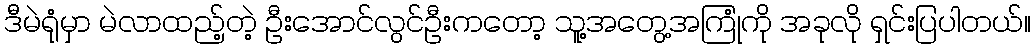
ဒီမဲရုံမှာ မဲလာထည့်တဲ့ ဦးအောင်လွင်ဦးကတော့ သူ့အတွေ့အကြုံကို အခုလို ရှင်းပြပါတယ်။